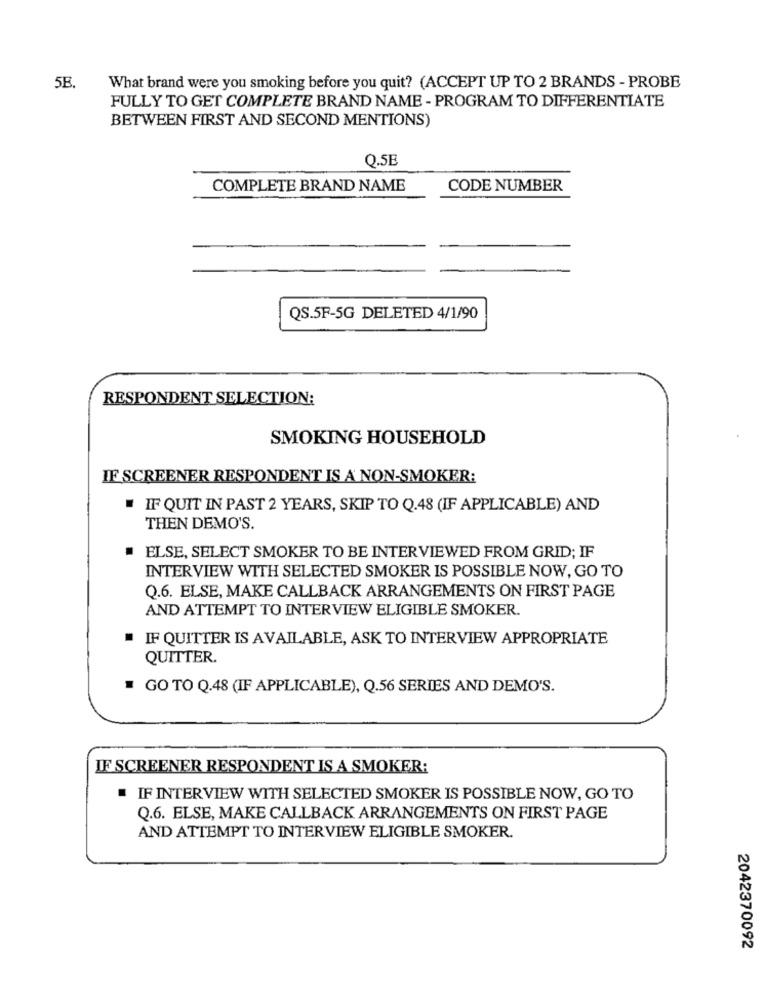
5E
What brand were you smoking before you quit? (ACCEPT UP TO 2 BRANDS - PROBE
FULLY TO GET COMPLETE BRAND NAME - PROGRAM TO DIFFERENTIATE
BETWEEN FIRST AND SECOND MENTIONS)
Q.5E
COMPLETE BRAND NAME
CODE NUMBER
QS.5F-5G DELETED 4/1/90
RESPONDENT SELECTION:
SMOKING HOUSEHOLD
IF SCREENER RESPONDENT IS A NON-SMOKER:
IF QUIT IN PAST 2 YEARS, SKIP TO Q.48 (IF APPLICABLE) AND
THEN DEMO'S.
. ELSE, SELECT SMOKER TO BE INTERVIEWED FROM GRID; IF
INTERVIEW WITH SELECTED SMOKER IS POSSIBLE NOW, GO TO
Q.6. ELSE, MAKE CALLBACK ARRANGEMENTS ON FIRST PAGE
AND ATTEMPT TO INTERVIEW ELIGIBLE SMOKER.
IF QUITTER IS AVAILABLE, ASK TO INTERVIEW APPROPRIATE
QUITTER.
GO TO Q.48 (IF APPLICABLE), Q.56 SERIES AND DEMO'S.
IF SCREENER RESPONDENT IS A SMOKER:
IF INTERVIEW WITH SELECTED SMOKER IS POSSIBLE NOW, GO TO
Q.6. ELSE, MAKE CALLBACK ARRANGEMENTS ON FIRST PAGE
AND ATTEMPT TO INTERVIEW ELIGIBLE SMOKER.
2042370092